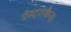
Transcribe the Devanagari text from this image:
ऐस्ट्राकैन।